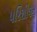
પરિશીલન